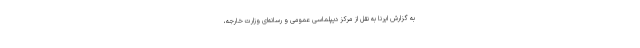
به گزارش ایرنا به نقل از مرکز دیپلماسی عمومی و رسانه‌ای وزارت خارجه،